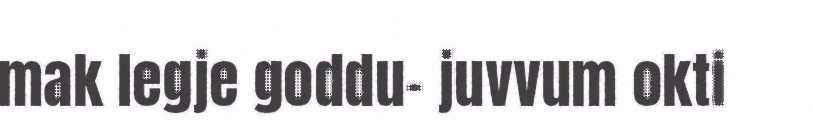
mak legje goddu- juvvum okti